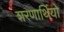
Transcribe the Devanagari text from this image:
शरणार्थियो